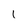
Character: l